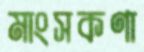
মাংসকণা